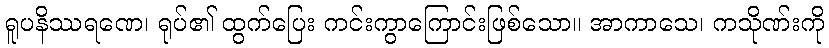
ရူပနိဿရဏေ၊ ရုပ်၏ ထွက်ပြေး ကင်းကွာကြောင်းဖြစ်သော။ အာကာသေ၊ ကသိုဏ်းကို